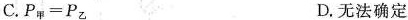
C. $$P_{甲}=P_{乙} $$ D. 无法确定